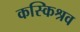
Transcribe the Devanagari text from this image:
कस्किश्रव